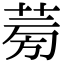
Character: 𦱘